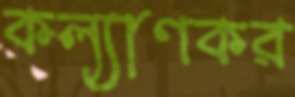
কল্যাণকর